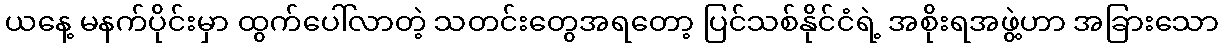
ယနေ့ မနက်ပိုင်းမှာ ထွက်ပေါ်လာတဲ့ သတင်းတွေအရတော့ ပြင်သစ်နိုင်ငံရဲ့ အစိုးရအဖွဲ့ဟာ အခြားသော